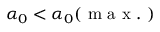
\alpha _ { 0 } < \alpha _ { 0 } ( \mathrm { ~ m ~ a ~ x ~ . ~ } )